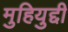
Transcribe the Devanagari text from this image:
मुहियुद्दी